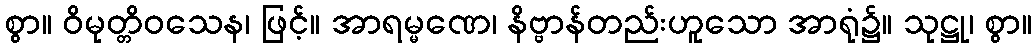
စွာ။ ဝိမုတ္တိဝသေန၊ ဖြင့်။ အာရမ္မဏေ၊ နိဗ္ဗာန်တည်းဟူသော အာရုံ၌။ သုဋ္ဌု၊ စွာ။